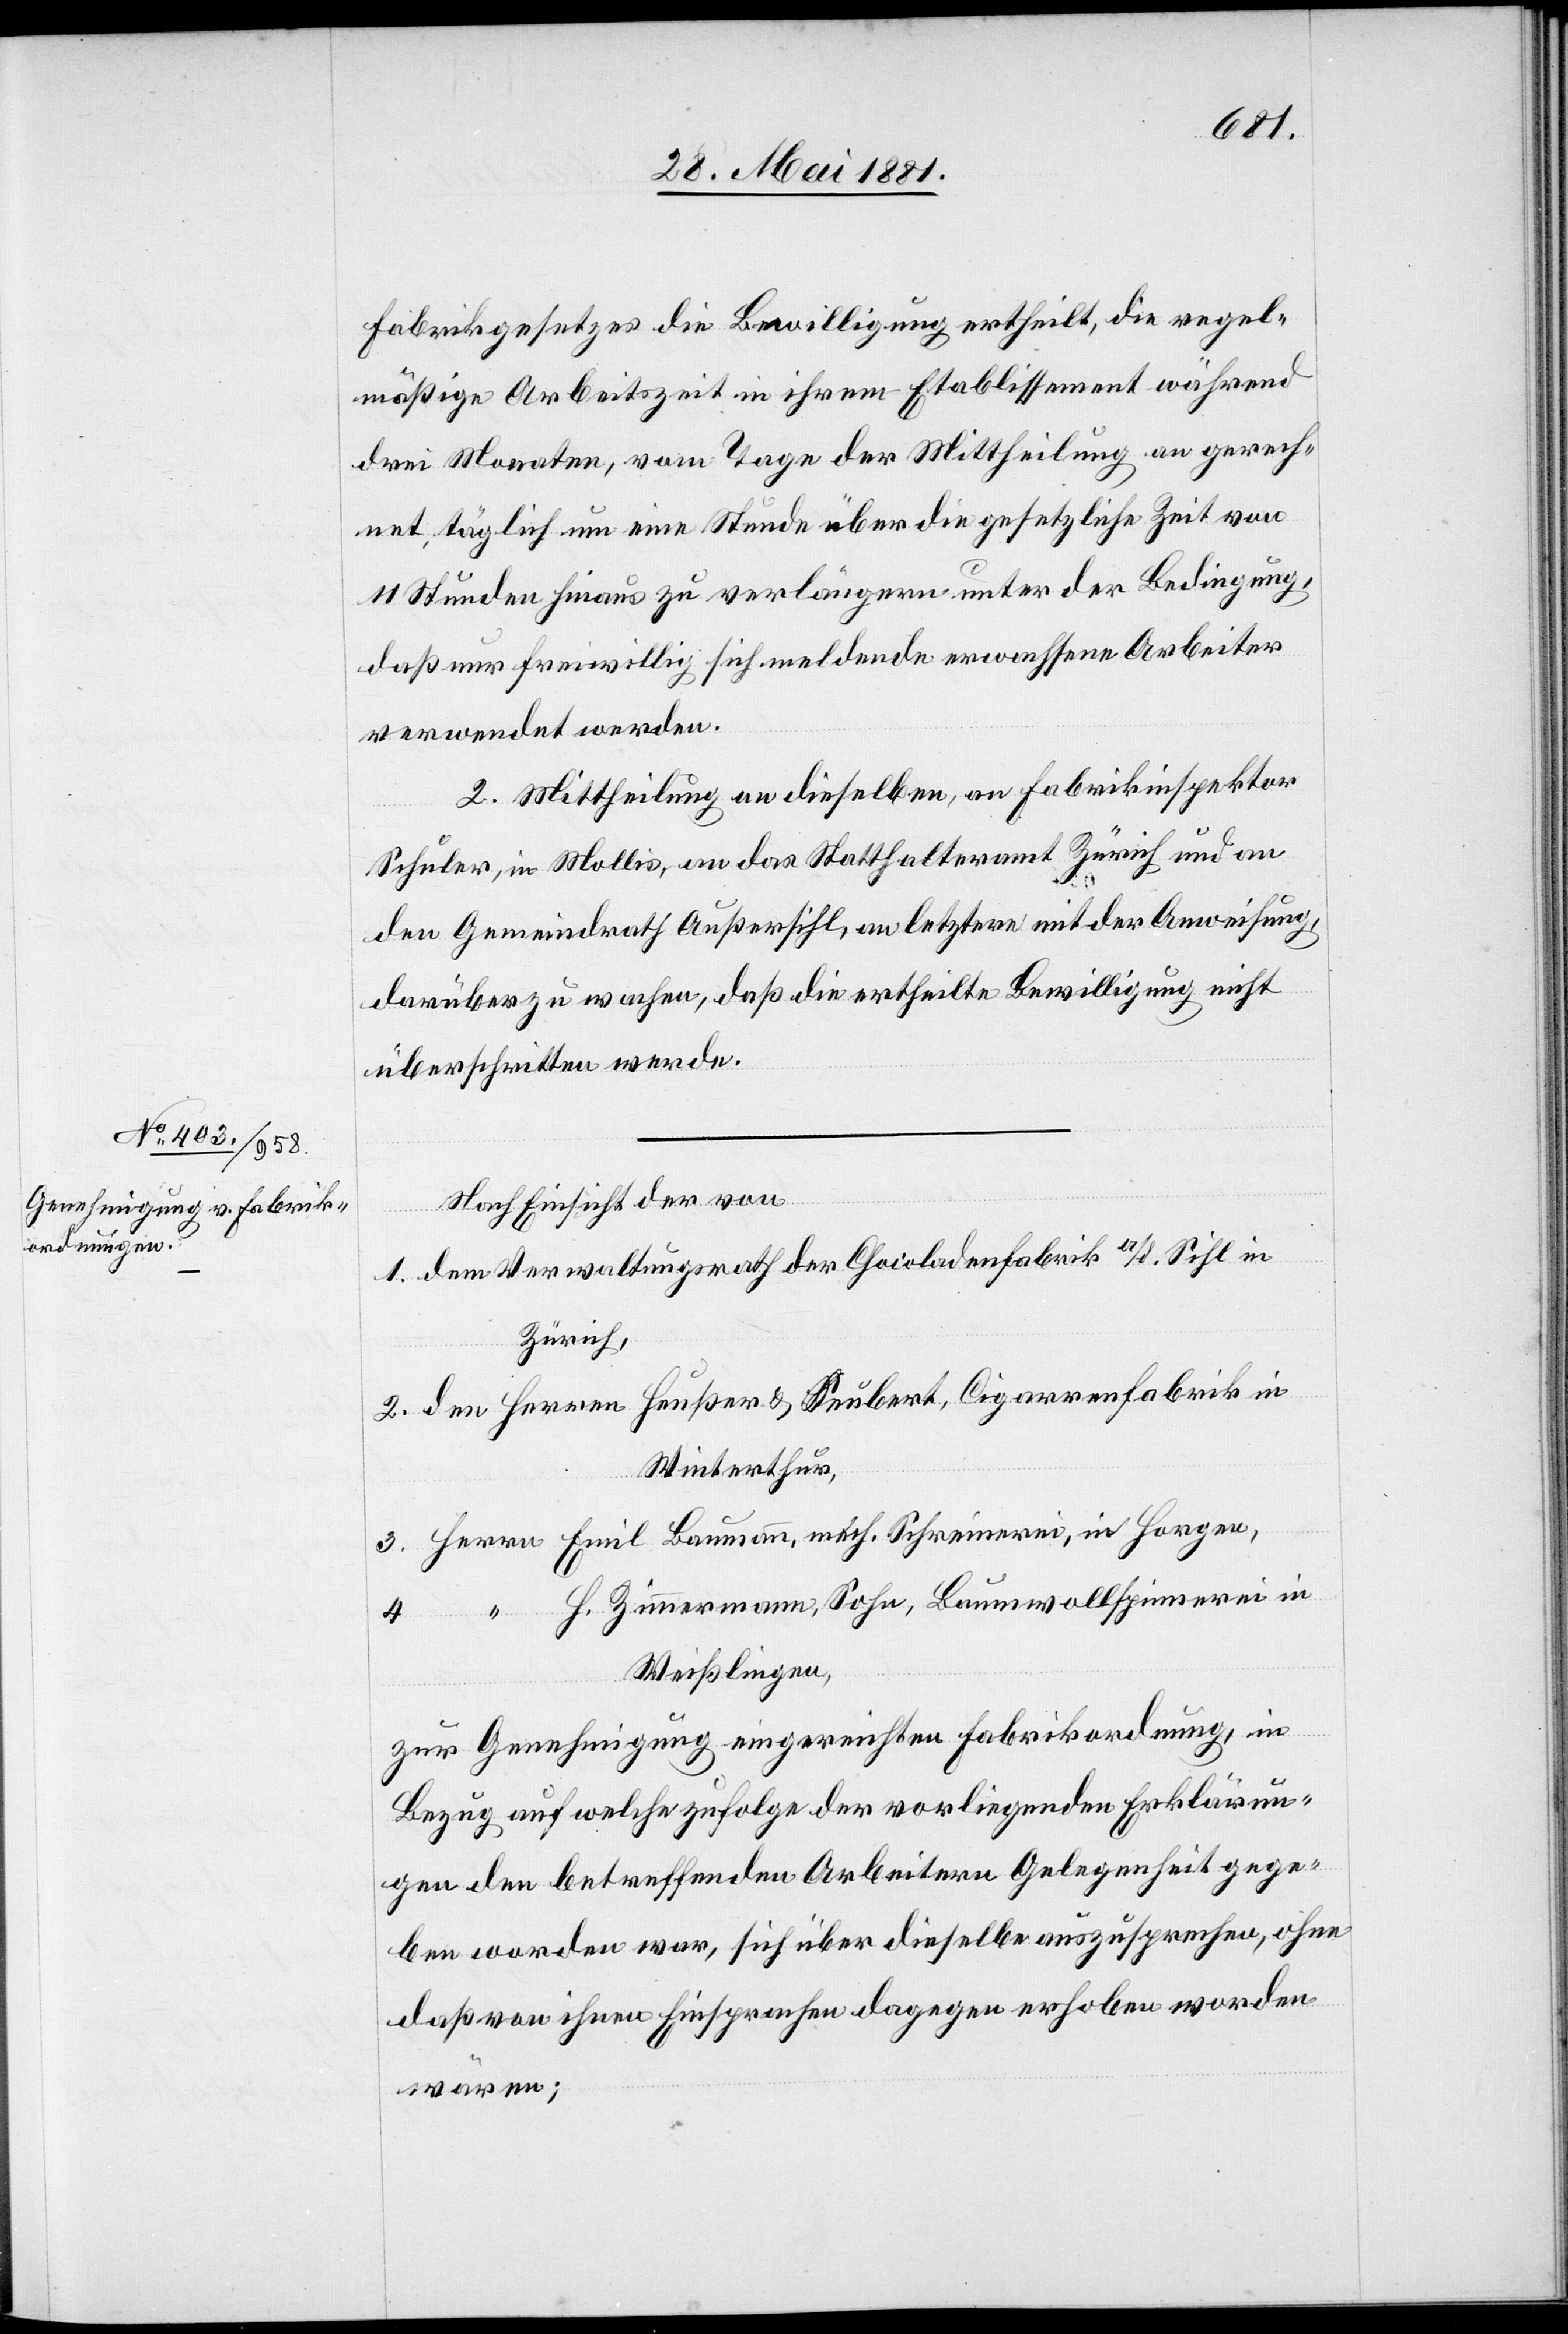
Fabrikgesetzes die Bewilligung ertheilt, die regel¬
mäßige Arbeitszeit in ihrem Etablissement während
drei Monaten, vom Tage der Mittheilung an gerech¬
net, täglich um eine Stunde über die gesetzliche Zeit von
11 Stunden hinaus zu verlängern unter der Bedingung,
daß nur freiwillig sich meldende erwachsene Arbeiter
verwendet werden.
2. Mittheilung an dieselbe, an Fabrikinspektor
Schuler, in Mollis, an das Statthalteramt Zürich und an
den Gemeindrath Außersihl, an letztere mit der Anweisung,
darüber zu wachen, daß die ertheilte Bewilligung nicht
überschritten werde.
Nach Einsicht von
1. dem Verwaltungsrath der Chocoladenfabrik a/d. Sihl in
Zürich,
2. den Herren Haußer & [?S]eubert, Cigarrenfabrik in
Winterthur,
3. Herrn Emil Baumann, mech. Schreinerei, in Horgen,
4. “ H. Zimmermann, Sohn, Baumwollspinnerei in
Weißlingen,
zur Genehmigung eingereichten Fabrikordnungen, in
Bezug auf welche zufolge der vorliegenden Erklärun¬
gen den betreffenden Arbeitern Gelegenheit gege¬
ben worden war, sich über dieselbe auszusprechen, ohne
daß von ihren Einsprachen dagegen erhoben worden
wären;